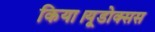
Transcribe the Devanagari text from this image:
किया।यूडोक्‍सस